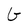
Character: G